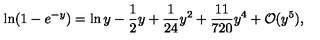
\ln ( 1 - e ^ { - y } ) = \ln y - \frac { 1 } { 2 } y + \frac { 1 } { 2 4 } y ^ { 2 } + \frac { 1 1 } { 7 2 0 } y ^ { 4 } + { \cal O } ( y ^ { 5 } ) ,